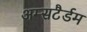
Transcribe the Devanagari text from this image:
अम्सटैर्डम